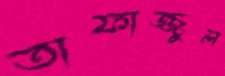
তাফাজ্জুল